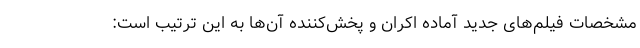
مشخصات فیلم‌های جدید آماده اکران و پخش‌کننده آن‌ها به این ترتیب است: